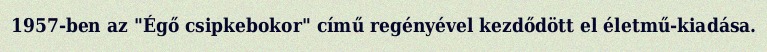
1957-ben az "Égő csipkebokor" című regényével kezdődött el életmű-kiadása.